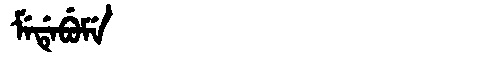
Manchu: ᠮᡝᡩᡝᠪᡠᠮᡝ
Romanization: MEDEBUME